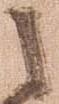
之